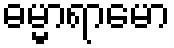
ဓမ္မာရာမော